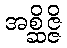
အစ္ဆိဇ္ဇိ